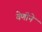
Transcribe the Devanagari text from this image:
वेणीने